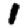
Digit: 1